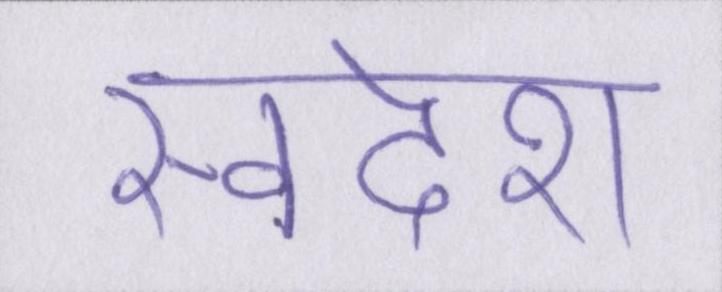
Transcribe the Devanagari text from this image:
स्वदेश